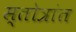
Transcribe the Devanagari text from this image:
स्तोत्रांत